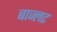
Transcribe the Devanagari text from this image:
बाज्लट